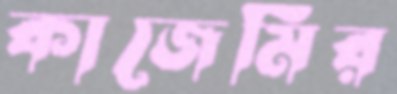
কাজেমির